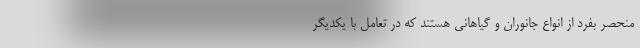
منحصر بفرد از انواع جانوران و گیاهانی هستند که در تعامل با یکدیگر